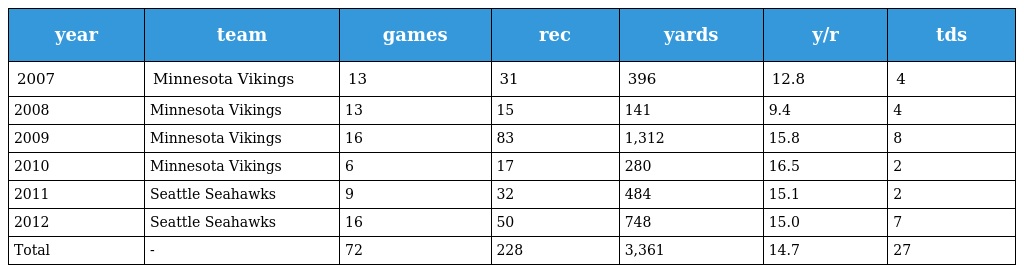
| year | team | games | rec | yards | y/r | tds |
 | --- | --- | --- | --- | --- | --- | --- |
 | 2007 | Minnesota Vikings | 13 | 31 | 396 | 12.8 | 4 |
 | 2008 | Minnesota Vikings | 13 | 15 | 141 | 9.4 | 4 |
 | 2009 | Minnesota Vikings | 16 | 83 | 1,312 | 15.8 | 8 |
 | 2010 | Minnesota Vikings | 6 | 17 | 280 | 16.5 | 2 |
 | 2011 | Seattle Seahawks | 9 | 32 | 484 | 15.1 | 2 |
 | 2012 | Seattle Seahawks | 16 | 50 | 748 | 15.0 | 7 |
 | Total | - | 72 | 228 | 3,361 | 14.7 | 27 |